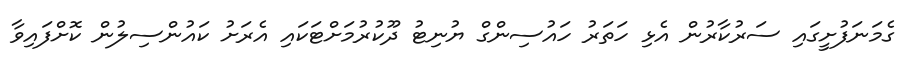
ގެމަނަފުށީގައި ސަރުކާރުން އެޅި ހަތަރު ހައުސިންގް ޔުނިޓު ދޫކުރުމަށްޓަކައި އެރަށު ކައުންސިލުން ކޮށްފައިވާ